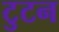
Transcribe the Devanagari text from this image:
टुटन